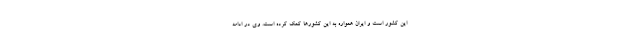
این کشور است و ایران همواره به این کشورها کمک کرده است. وی در ادامه